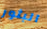
البثور